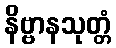
နိဗ္ဗာနသုတ္တံ